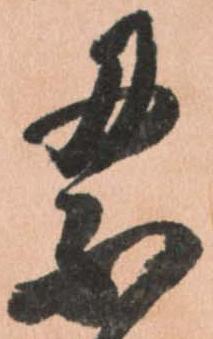
累